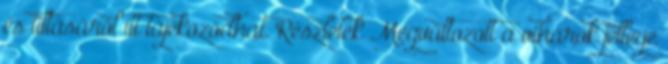
és tiltásáról itt tájékozódhat. Részletek Megváltozott a viharok jellege